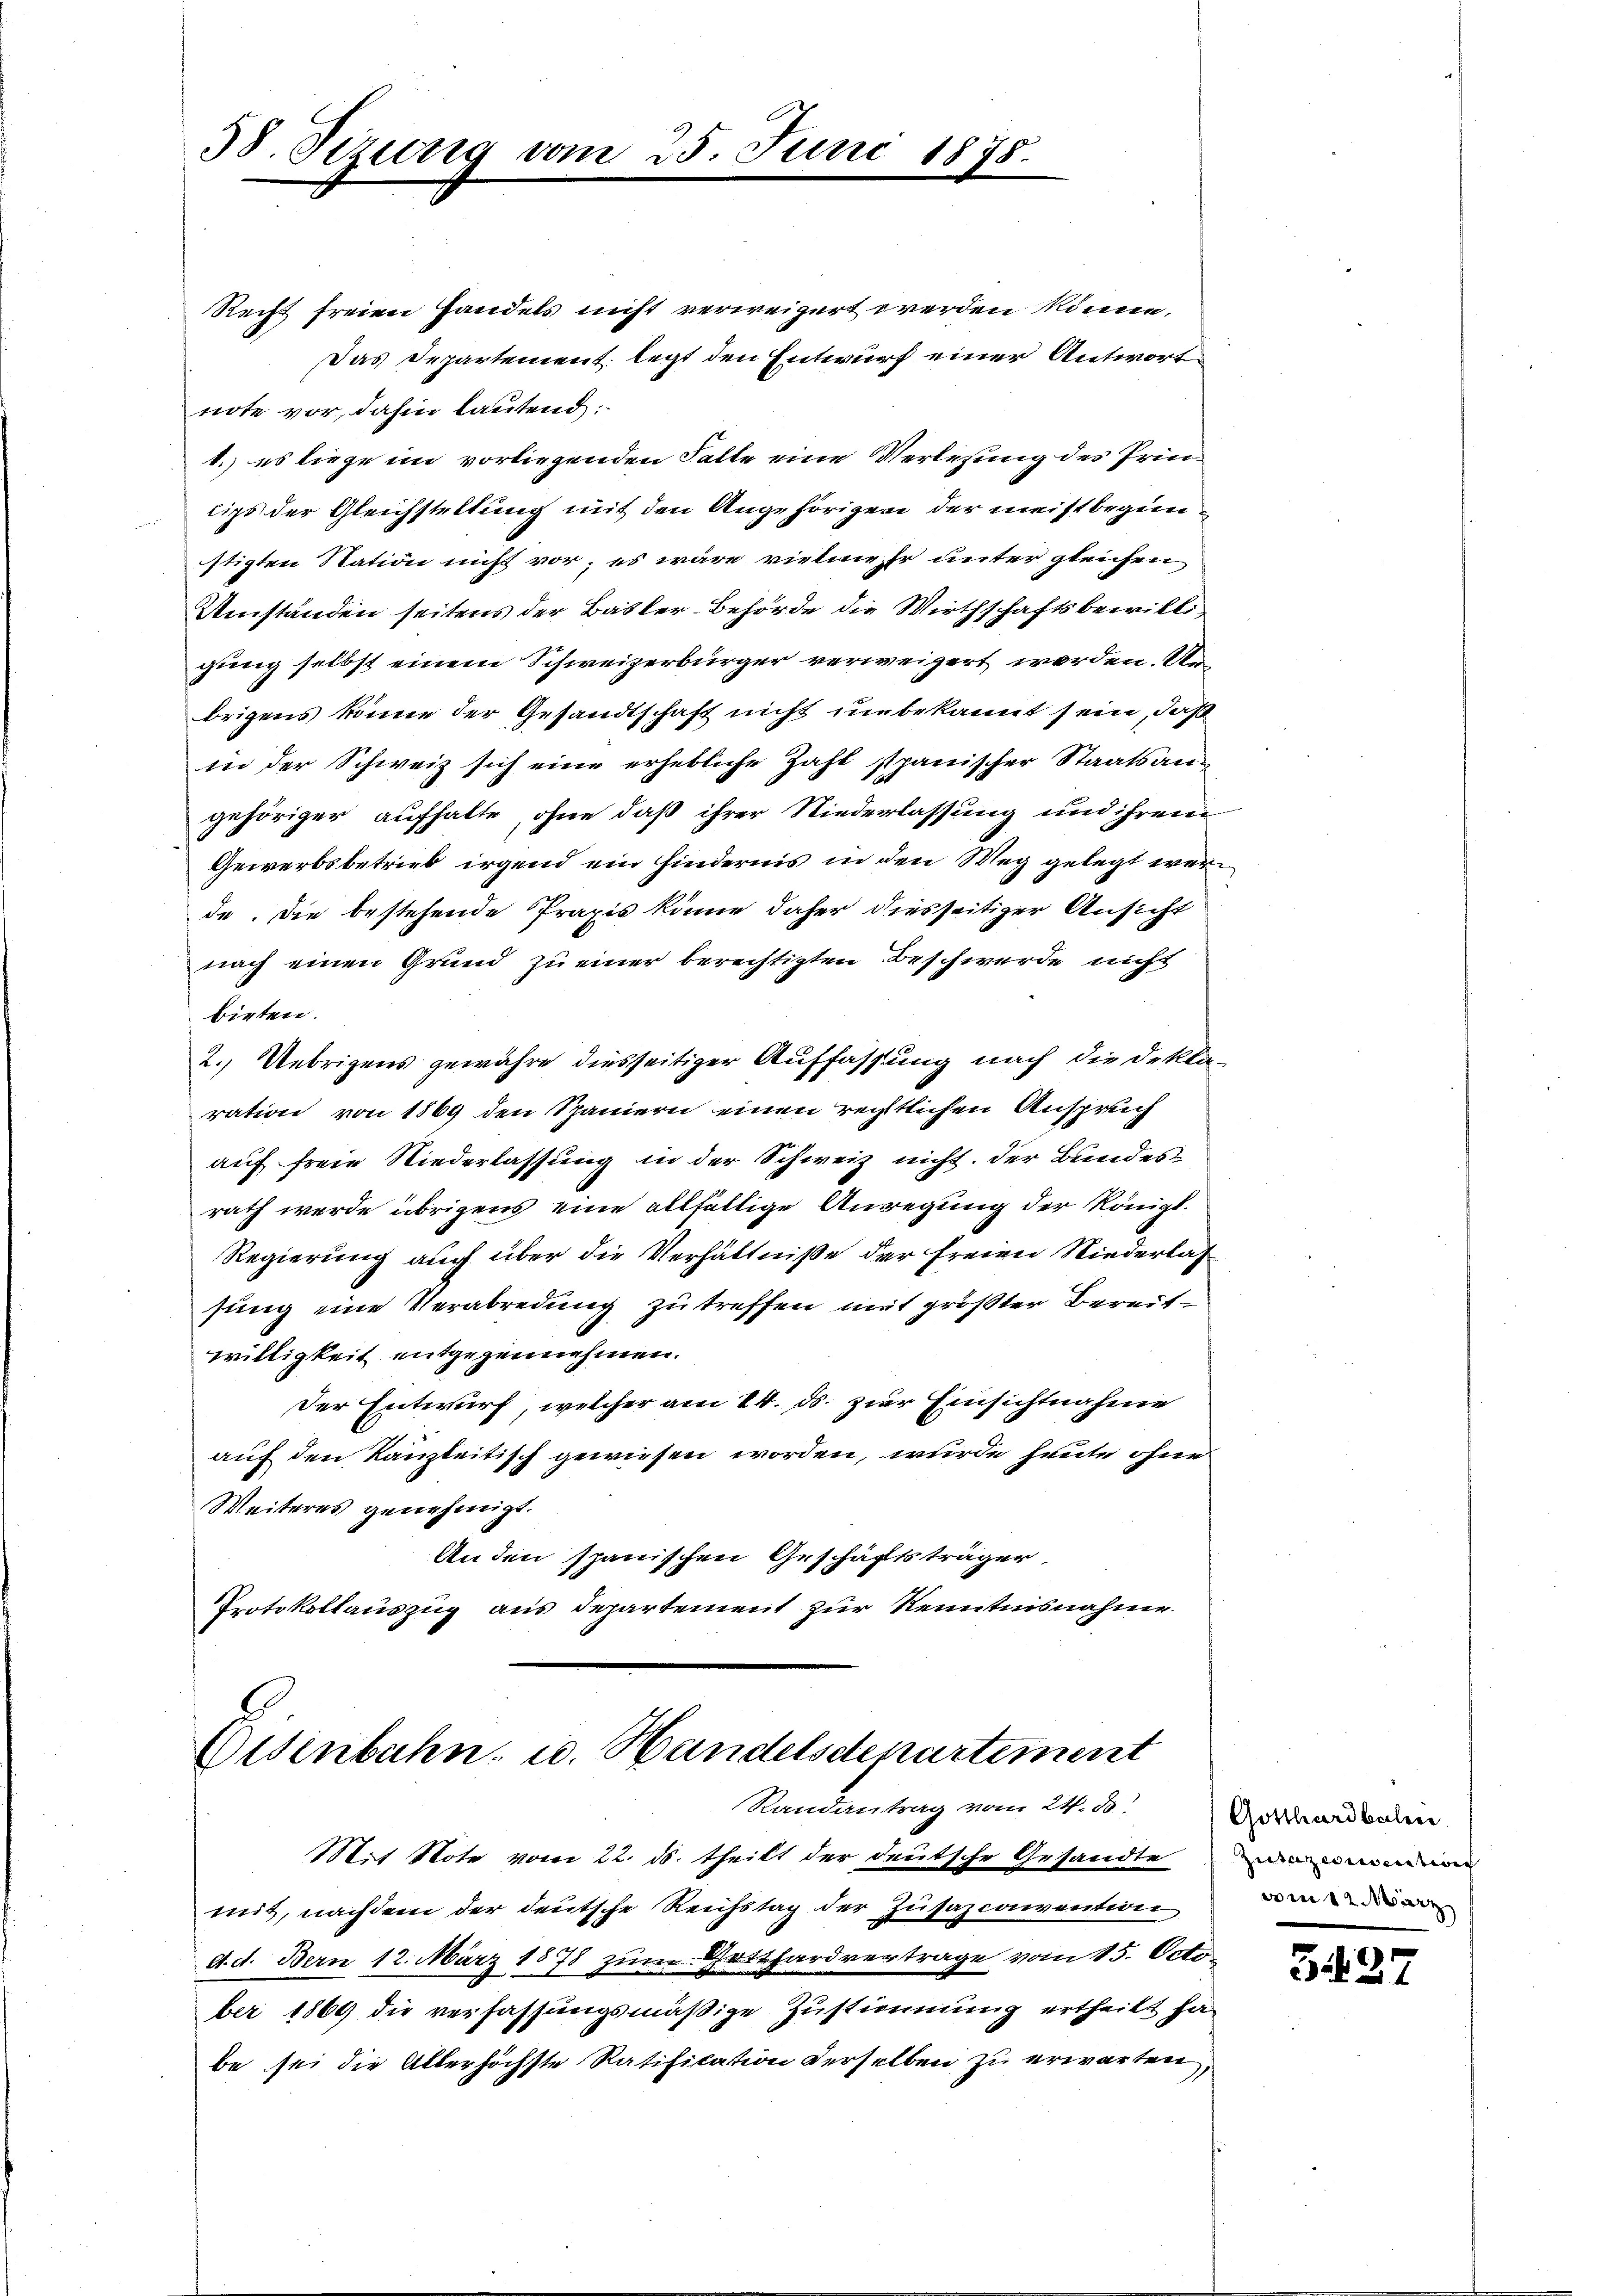
38. Sezung vom 25. Juni 1875.

Recht freien Handels nicht verweigert werden könne.
Das Departement legt den Entwurf einer Antwort
note vor, dahin lautend
1.) es liege im vorliegenden Falle eine Verlesung des Prinlips der Gleichstellung mit den Angehörigen der meistbeginstigten Station nicht vor, es wäre vielmehr unter gleichen
Umständen seitens der Basler-Behörde die Wirthschaftsbewilligung selbst einem Schweizerbürger verweigert worden. Unbrigens könne der Gesandtschaft nicht unbekannt sein, daß
in der Schweiz sich eine erhebliche Zahl spanischer Staatsangehöriger aufhalte, ohne daß ihrer Niederlassung und ihrem
Gewerbsbetrieb irgend ein Hindernis in den Weg gelegt wer
de. Die bestehende Praxis könne daher diesseitiger Ansicht
nach einen Grund zu einer berechtigten Beschwerde nicht
bieten.
2. Uebrigens gewähre diesseitiger Auffassung nach die Deklaration von 1869 den Spaniern einen rechtlichen Anspruch
auf freie Niederlassung in der Schweiz nicht. Der Bundesrath werde übrigens eine allfällige Anregung der Königl.
Regierung auch über die Verhältniße der freien Niederlas
sung eine Verabredung zu treffen mit größter Bereitwilligkeit entgezeinnehmen.
Der Entwurf, welcher am 24. ds. zur Einsichtnahme
auf den Kanzleitisch gewiesen worden, wurde heute ohne
Weiteres genehmigt.
An den spanischen Geschäftsträger,
Protokollauszug aus Departement zur Kenntnisnahme

Eisenbahn u. Handelsdepartement
Randantrag vom 24. d.

Mit Note vom 22. ds. theilt der deutsche Gesandte
mit, nachdem der deutsche Reichstag der Zusazcoivention
d. d. Bern 12. März 1878 zum Gotthardvertrage vom 15. Octo
ber 1864 die verfassungsmäßige Zustimmung ertheilt ha
be sei die Allerhöchste Ratification derselben zu erwarten,

Gotthardbaleer
Zusazionsention
vom März

3427